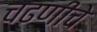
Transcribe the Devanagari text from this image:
चढणीचे